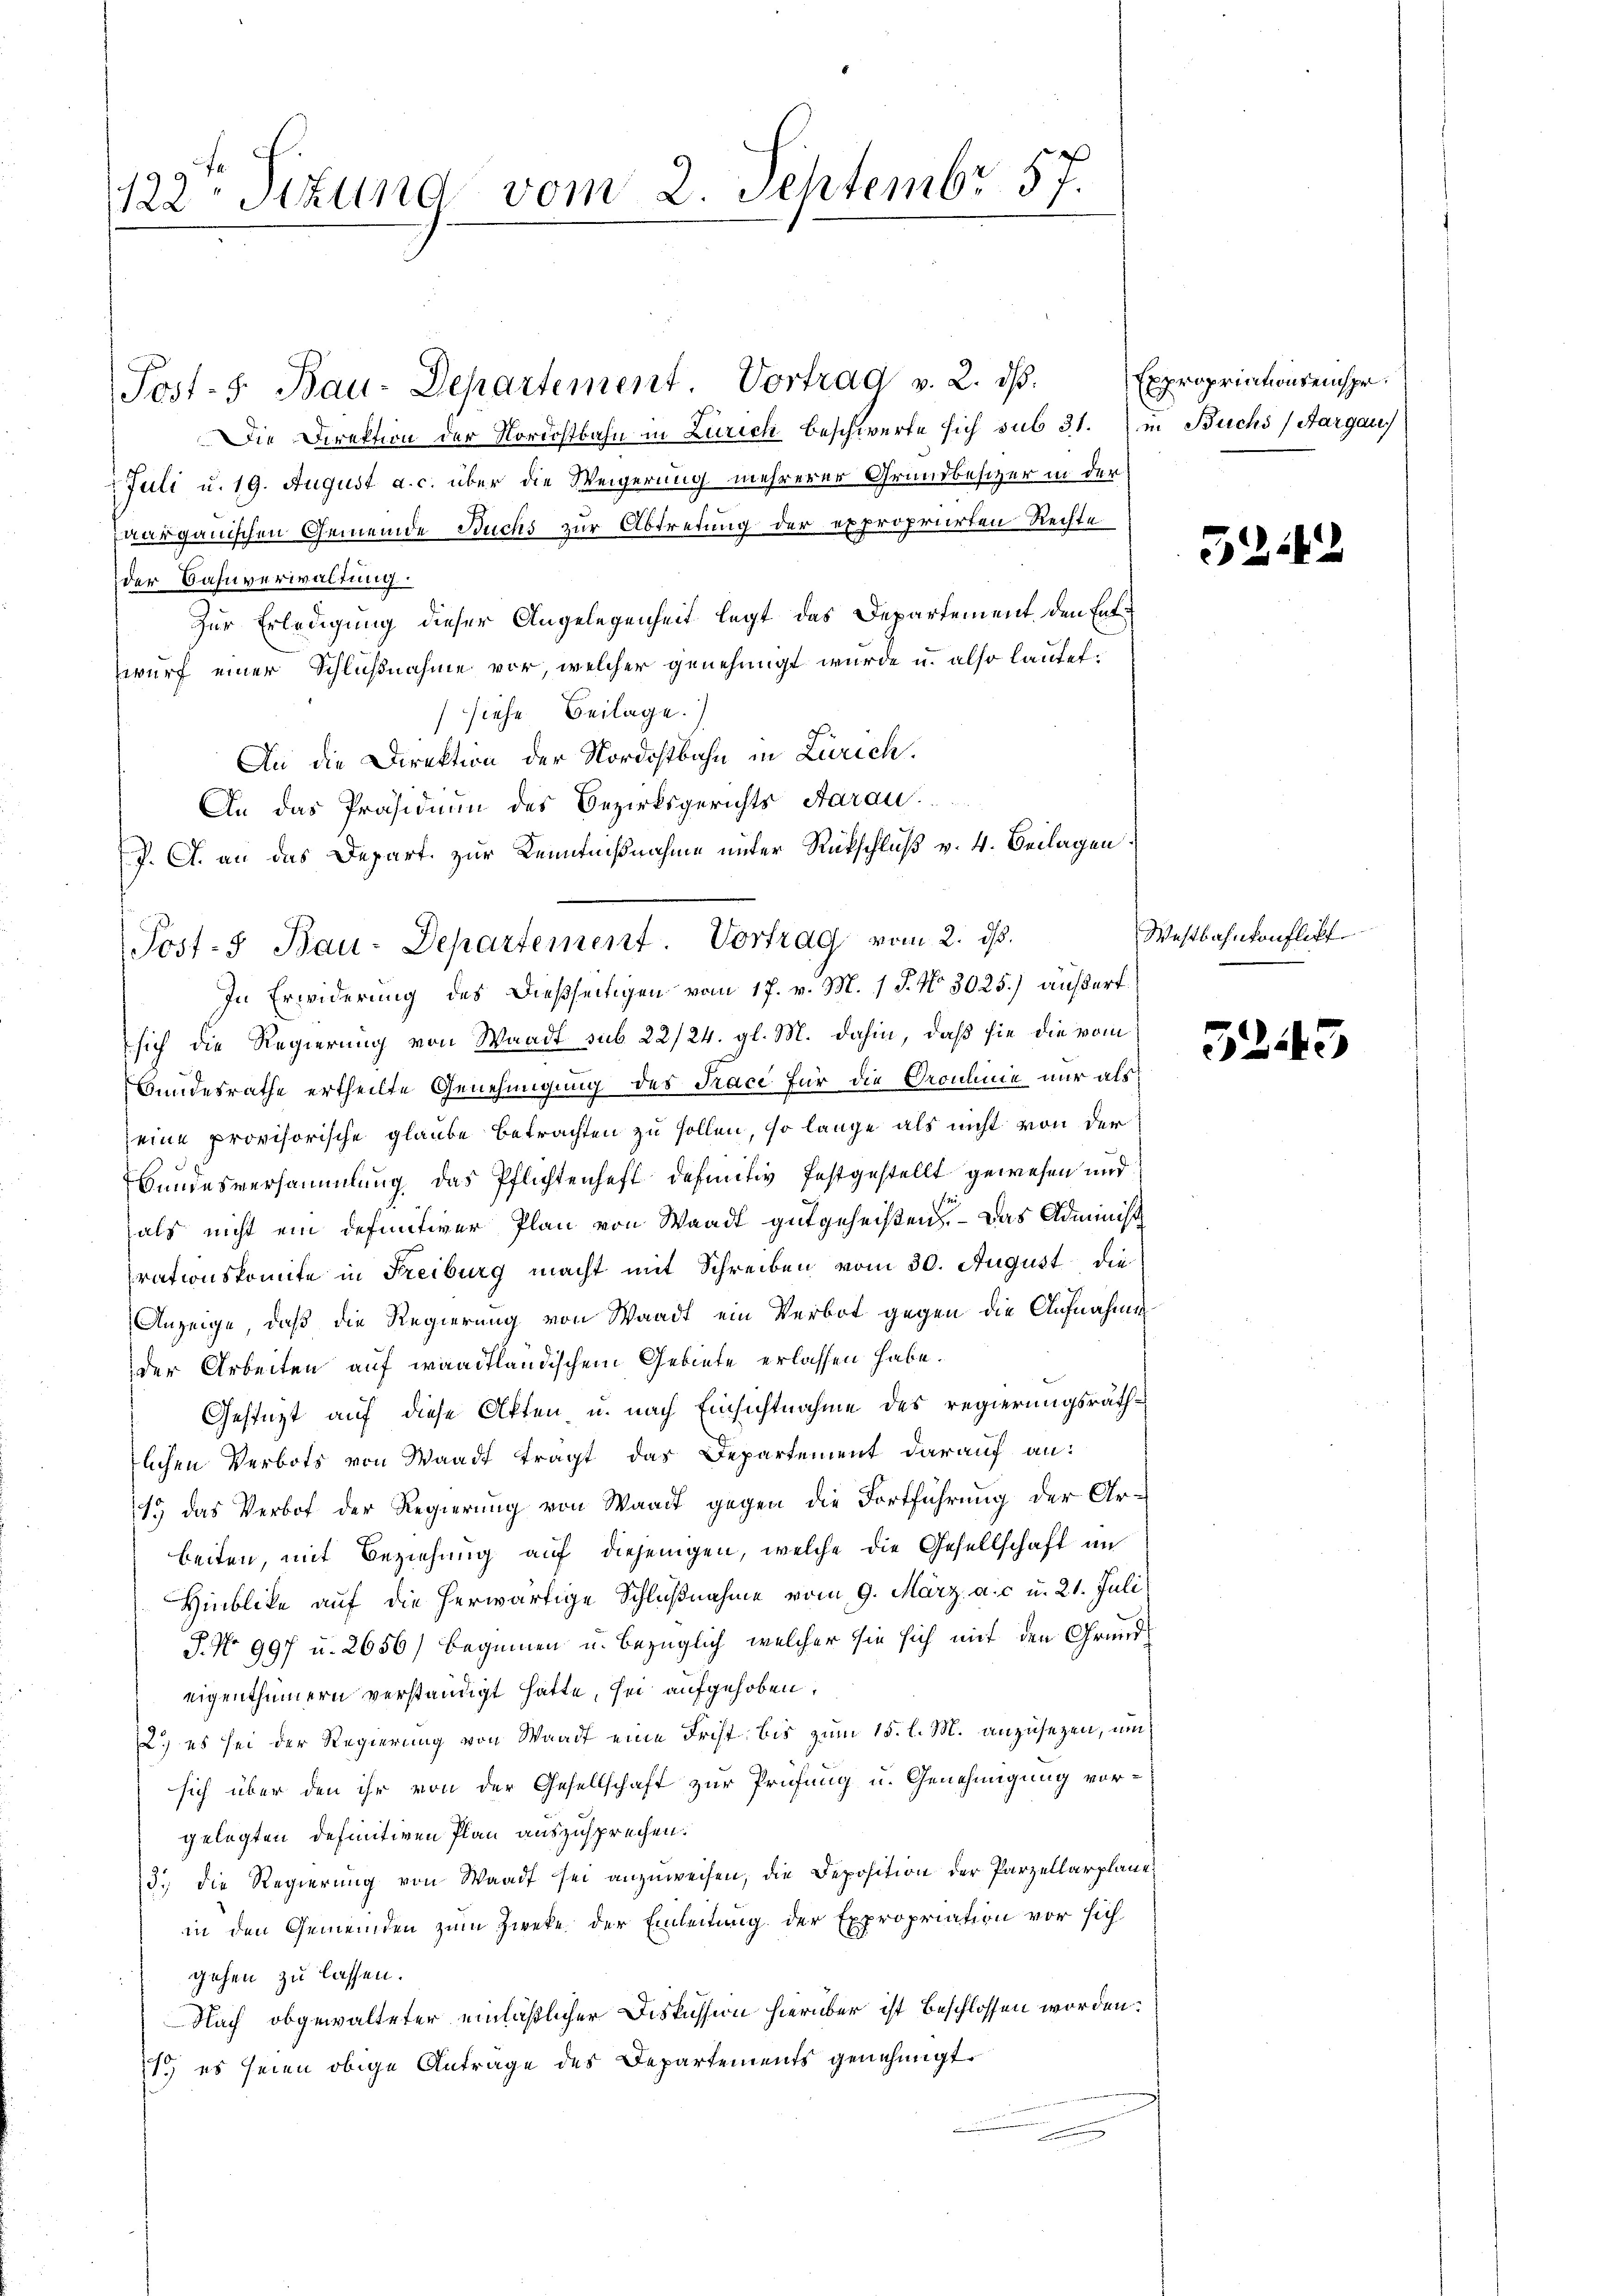
122 Stund vom 2. Septembr 57.

Die Direktion der Nordostbahn in Zürich beschwerte sich sub 31. in Buchs (Aargau
Juli u. 19. August a. c. über die Weigerung mehrerer Grundbesizer in der
Aarganischen Gemeinde Buchs zur Abtretung der expropriirten Rechte
der Bahnverwaltung
Zur Erledigung dieser Angelegenheit legt das Departement den Entwurf einer Schlußnahme vor, welcher genehmigt wurde u. also lautet:
(siehe Beilage.)
An die Direktion der Nordostbahn in Zürich.
In Erwiderung des dießseitigen vom 17. v. M. J. No 3025.) außert
sich die Regierung von Waadt sub 22/24. gl. M. dahin, daß sie die vom
Bundesrathe ertheilte Genehmigung des Trace für die Groulinie nur als
seine provisorische glaube Betrachten zu sollen, so lange als nicht von der
Bundesversammlung das Pflichtenheft definitiv festgestellt gewesen und
als nicht ein definitiver Plan von Waadt gutgeheißen. — Das Administ
rationskomite in Freiburg macht mit Schreiben vom 30. August die
Anzeige, daß die Regierung von Waadt ein Verbot gegen die Aufnahme
der Arbeiten auf waadtländischem Gebiete erlassen habe.
Gestüzt auf diese Akten u. nach Einsichtnahme des regierungsräthlichen Verbots von Waadt tragt das Departement darauf an:
13 das Verbot der Regierung von Waadt gegen die Fortführung der Arbeiten, mit Beziehung auf diejenigen, welche die Gesellschaft im
Hinblicke auf die herwärtige Schlußnahme vom 9. März a. c. u. 21. Juli
P. No 997 u. 2656) beginnen u. bezüglich, welcher sie sich mit den Grundeigenthümern verständigt hatte, sei aufgehoben,
2.) es sei der Regierung von Waadt eine Frist, bis zum 15. l. M. anzusezen, um
sich über den ihr von der Gesellschaft zur Prüfung u. Genehmigung vorgelegten definitiven Plan auszusprechen.
3. die Regierŭng von Waadt sei anzŭweisen, die Deposition der Parzellarplane
in den Gemeinden zum Zweke der Einleitung der Expropriation vor sich
gehen zu lassen.
Nach obgewalteter einläßlicher Diskussion hierüber ist beschlossen worden.
1. es seien obige Antrage des Departements genehmigt.

An das Präsidium des Bezirksgerichts Aarau
J. A. an das Depart. zur Kenntnißnahme unter Rückschluß v. 4. Beilagen
Post- Bau-Departement. Vortrag vom 2. ds.

Post- 5. Bau-Departement. Vortrag v. 2. dβ.

Expropriationseinspr.

53

2

Westbahnkonflikt

5243